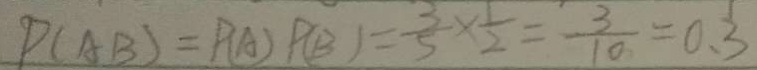
P ( A B ) = P ( A ) P ( B ) = \frac { 3 } { 5 } \times \frac { 1 } { 2 } = \frac { 3 } { 1 0 } = 0 . 3